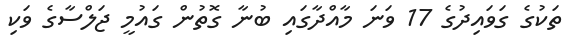
ތަކުގެ ގަވައިދުގެ 17 ވަނަ މާއްދާގައި ބުނާ ގޮތުން ގައުމީ ޖަލްސާގެ ވަކި